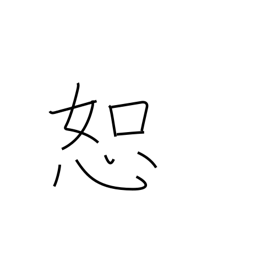
Meaning: tolerate